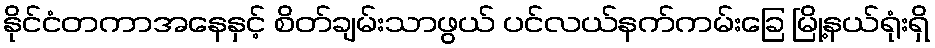
နိုင်ငံတကာအနေနှင့် စိတ်ချမ်းသာဖွယ် ပင်လယ်နက်ကမ်းခြေ မြို့နယ်ရုံးရှိ